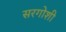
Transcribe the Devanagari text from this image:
सरगोशी